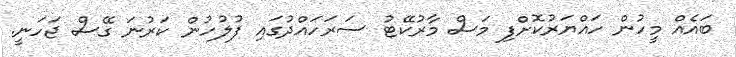
ބައެއް މީހުން ހައްޔަރުކޮށްފި މަސް މާރުކޭޓު ސަރަހައްދުގައި ފުލުހުން ކަރުނަ ގޭސް ޖަހަނީ.